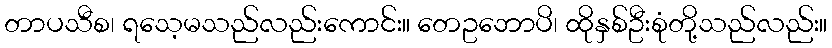
တာပသီစ၊ ရသေ့မသည်လည်းကောင်း။ တေဥဘောပိ၊ ထိုနှစ်ဦးစုံတို့သည်လည်း။